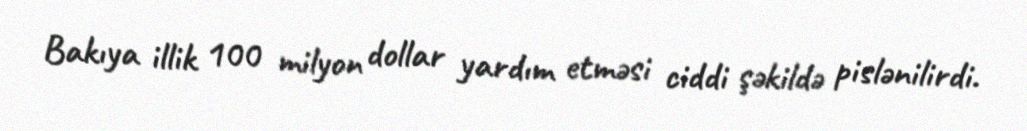
Bakıya illik 100 milyon dollar yardım etməsi ciddi şəkildə pislənilirdi.